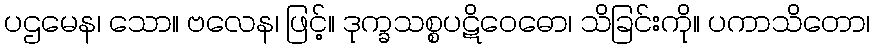
ပဌမေန၊ သော။ ဗလေန၊ ဖြင့်။ ဒုက္ခသစ္စပဋိဝေဓော၊ သိခြင်းကို။ ပကာသိတော၊